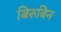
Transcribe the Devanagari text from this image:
बिरुबिन